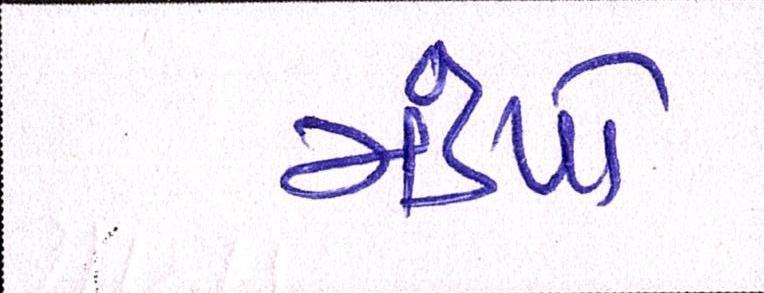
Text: મંડપો